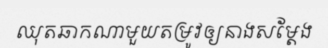
ឈុតឆាកណាមួយតម្រូវឲ្យនាងសម្តែង